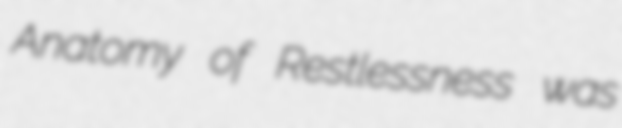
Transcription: Anatomy of Restlessness was